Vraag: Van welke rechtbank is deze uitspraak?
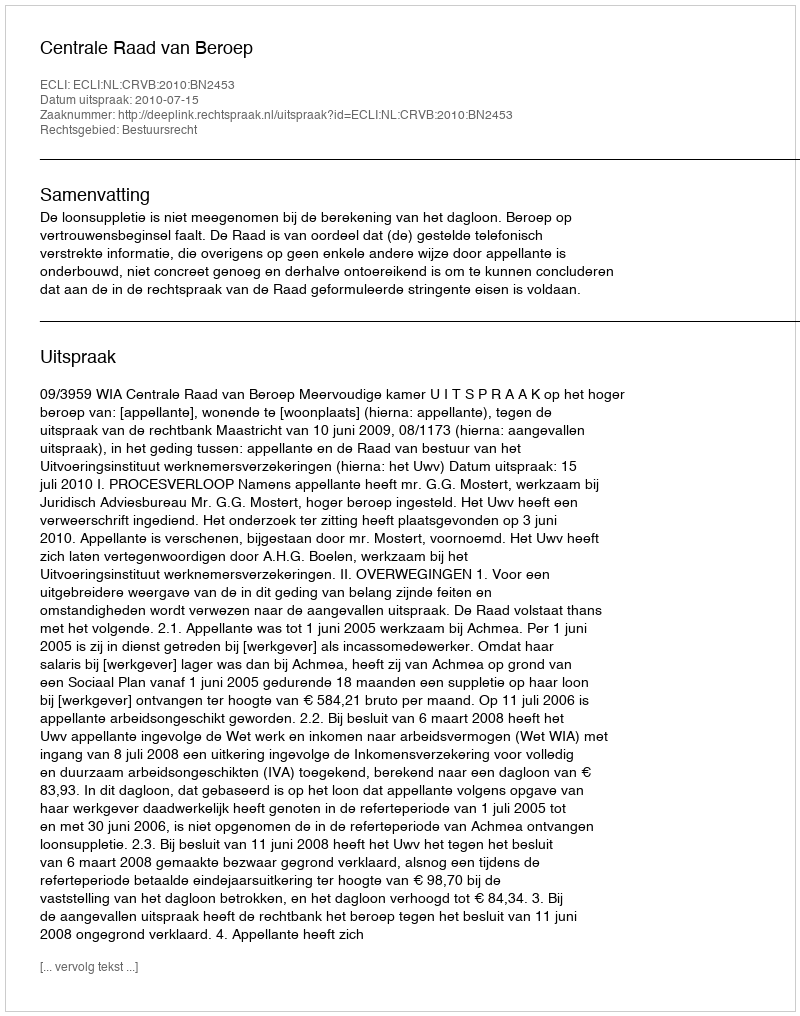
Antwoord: Centrale Raad van Beroep